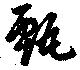
甄